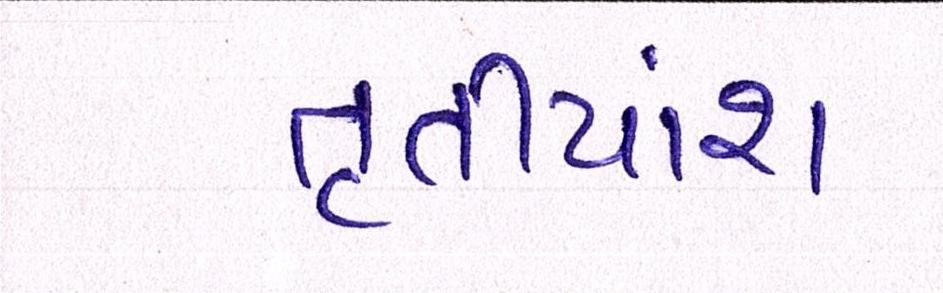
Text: તૃતીયાંશ